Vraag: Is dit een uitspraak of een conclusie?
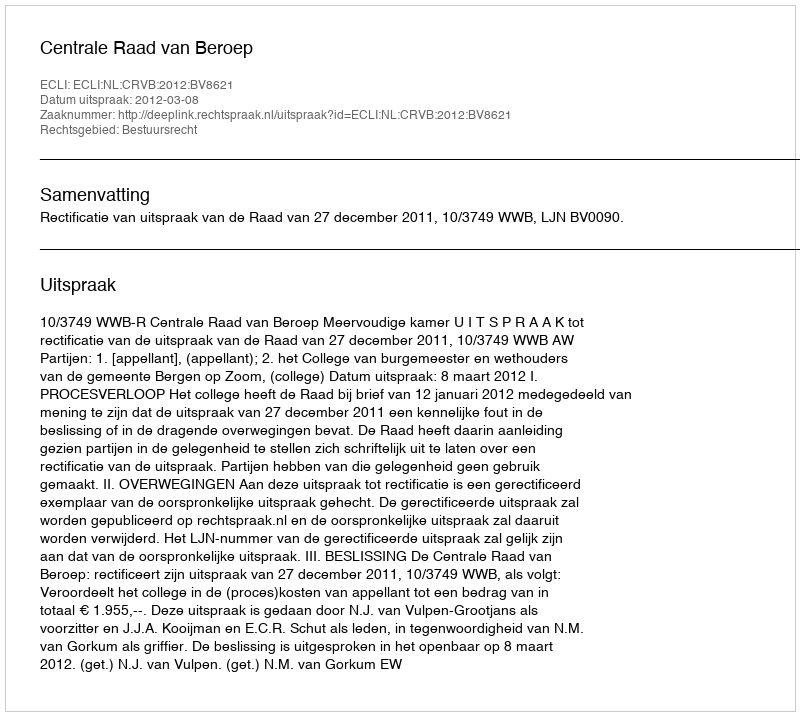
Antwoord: Uitspraak